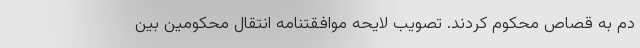
دم به قصاص محکوم کردند. تصویب لایحه موافقتنامه انتقال محکومین بین